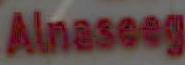
Alnaseeg